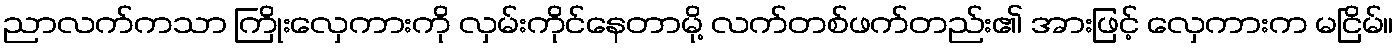
ညာလက်ကသာ ကြိုးလှေကားကို လှမ်းကိုင်နေတာမို့ လက်တစ်ဖက်တည်း၏ အားဖြင့် လှေကားက မငြိမ်။